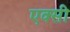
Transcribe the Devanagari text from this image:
एक्सी